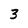
Character: 3